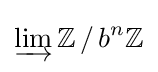
\varinjlim \mathbb {Z} ~\!/~\!b^{n}\mathbb {Z}